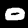
Label: 0